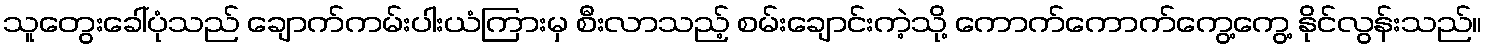
သူတွေးခေါ်ပုံသည် ချောက်ကမ်းပါးယံကြားမှ စီးလာသည့် စမ်းချောင်းကဲ့သို့ ကောက်ကောက်ကွေ့ကွေ့ နိုင်လွန်းသည်။